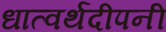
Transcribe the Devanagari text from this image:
धात्वर्थदीपनी